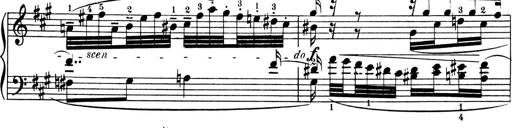
Title: 4 Sonatines
Composer: Max Reger